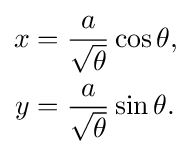
{\begin{aligned}x&={\frac {a}{\sqrt {\theta }}}\cos \theta ,\\y&={\frac {a}{\sqrt {\theta }}}\sin \theta .\\\end{aligned}}